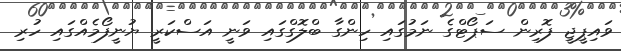
ވައިޕީޖީ ފޮރިން ސަޕޯޓްގެ ނަމުގައި ހިންގާ ބްލޮގްގައި ވަނީ އަސްކަރީ ޔުނީފޯމެއްގައި ހުރި